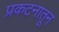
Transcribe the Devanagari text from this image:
प्रकटनातून